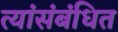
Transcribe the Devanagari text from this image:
त्यांसंबंधित